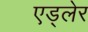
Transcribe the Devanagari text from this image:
एड्लेर